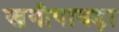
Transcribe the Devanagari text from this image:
खगीपावड़ा